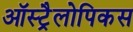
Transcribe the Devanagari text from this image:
ऑस्ट्रैलोपिकस